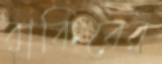
রাকিবের